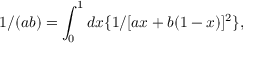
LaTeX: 1 / ( a b ) = \int _ { 0 } ^ { 1 } d x \{ 1 / [ a x + b ( 1 - x ) ] ^ { 2 } \} ,